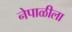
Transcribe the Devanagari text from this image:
नेपाळीला